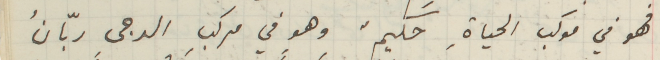
فهو في موكب الحياةِ حكيمٌ وهو في مركبِ الدجى ربّانُ